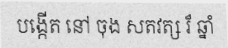
បង្កើត នៅ ចុង សតវត្ស រ៏ ឆ្នាំ